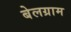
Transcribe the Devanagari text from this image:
बेलग्राम